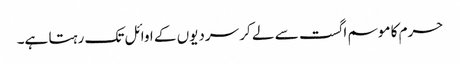
حرم کا موسم اگست سے لے کر سردیوں کے اوائل تک رہتا ہے۔